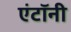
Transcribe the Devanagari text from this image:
एंटॉनी